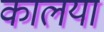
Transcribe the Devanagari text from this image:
कालया